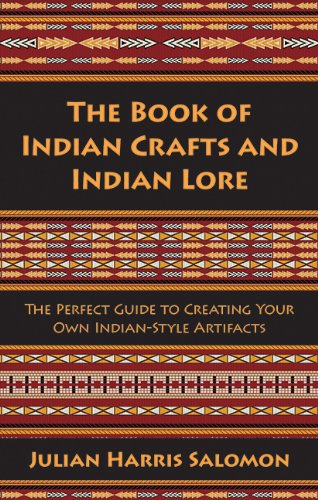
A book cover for The Book of Indian Crafts and Indian Lore: The Perfect Guide to Creating Your Own Indian-Style Artifacts; Julian Harris Salomon; Crafts, Hobbies & Home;